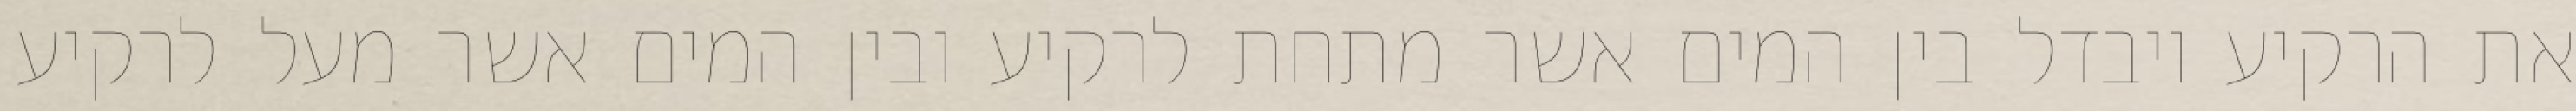
את הרקיע ויבדל בין המים אשר מתחת לרקיע ובין המים אשר מעל לרקיע